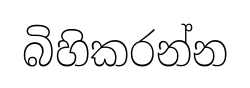
බිහිකරන්න